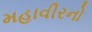
મહાવીરનો